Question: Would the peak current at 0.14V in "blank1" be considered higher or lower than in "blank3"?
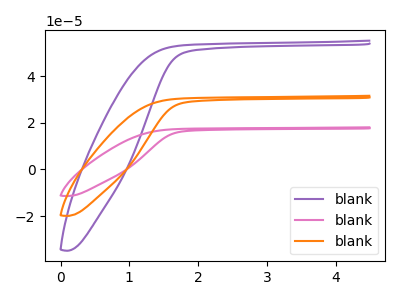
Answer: <think>The purple curve "blank1" has no peaks. The pink curve "blank2" has no peaks. The orange curve "blank3" has no peaks.</think>
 <answer>"blank1" and "blank3" dont share a peak at 0.14V.</answer>
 <eval>mismatch</eval>